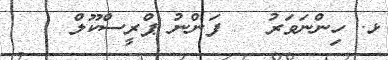
ޅ. ހިންނަވަރު   ފަންނު ޕްރީސްކޫލް